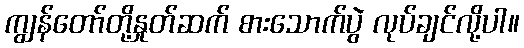
ကျွန်တော်တို့နှုတ်ဆက် စားသောက်ပွဲ လုပ်ချင်လို့ပါ။